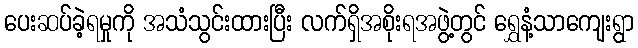
ပေးဆပ်ခဲ့ရမှုကို အသံသွင်းထားပြီး လက်ရှိအစိုးရအဖွဲ့တွင် ရွှေနံ့သာကျေးရွာ